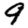
Digit: 9